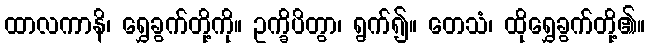
ထာလကာနိ၊ ရွှေခွက်တို့ကို။ ဥက္ခိပိတွာ၊ ရွက်၍။ တေသံ၊ ထိုရွှေခွက်တို့၏။